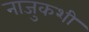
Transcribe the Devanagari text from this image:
नाजुकशी